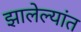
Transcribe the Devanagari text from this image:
झालेल्यांत